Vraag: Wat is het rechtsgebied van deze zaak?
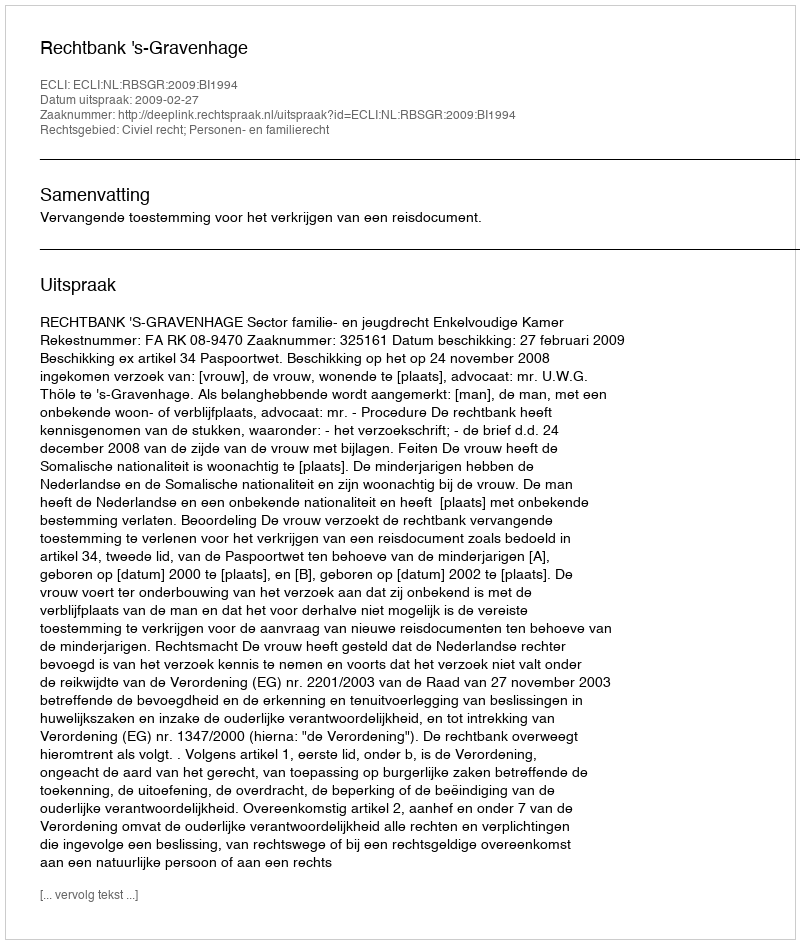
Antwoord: Civiel recht; Personen- en familierecht